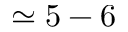
\simeq 5 - 6